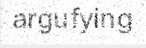
argufying